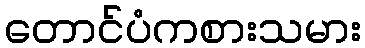
တောင်ပံကစားသမား